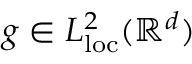
g \in L _ { \mathrm { l o c } } ^ { 2 } ( \ensuremath { \mathbb { R } ^ { d } } )